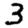
Digit: 3